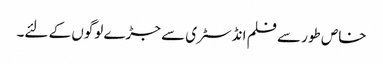
خاص طور سے فلم انڈسٹری سے جڑے لوگوں کے لئے۔